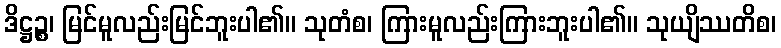
ဒိဋ္ဌဉ္စ၊ မြင်မူလည်းမြင်ဘူးပါ၏။ သုတံစ၊ ကြားမူလည်းကြားဘူးပါ၏။ သုယျိဿတိစ၊